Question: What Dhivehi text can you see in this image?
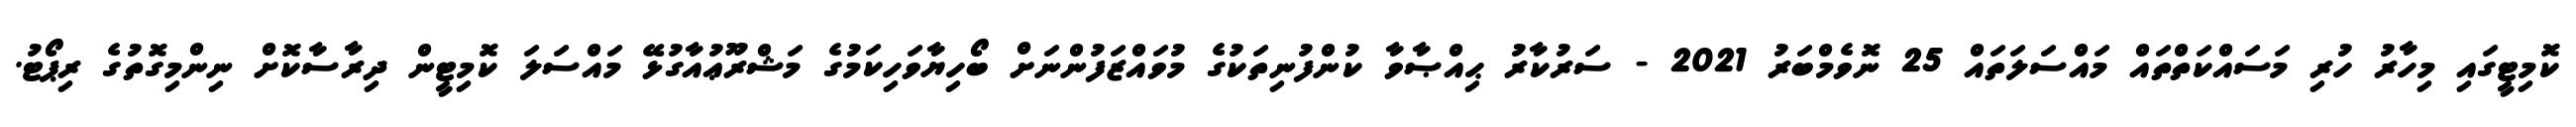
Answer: ކޮމިޓީގައި މިހާރު ހުރި މަސައްކަތްތައް މައްސަލަތައް 25 ނޮވެމްބަރު 2021 - ސަރުކާރު ޙިއްޞާވާ ކުންފުނިތަކުގެ މުވައްޒަފުންނަށް ބޯހިޔާވަހިކަމުގެ މަޝްރޫޢުއާގުޅޭ މައްސަލަ ކޮމިޓީން ދިރާސާކޮށް ނިންމިގޮތުގެ ރިޕޯޓު.